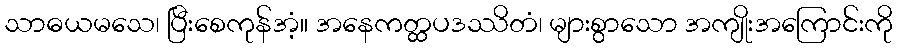
သာဓယမသေ၊ ပြီးစေကုန်အံ့။ အနေကတ္ထပဒဿိတံ၊ များစွာသော အကျိုးအကြောင်းကို